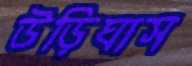
উড়িঘাস